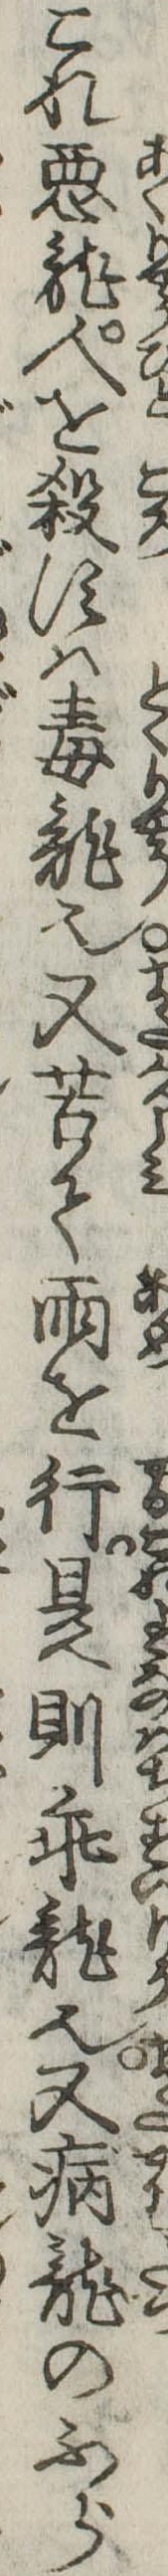
これ悪竜人を殺すは毒竜也又苦て雨を行是則竜也又病竜のふら